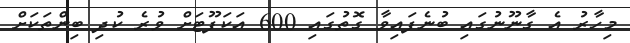
މިހާރު އެ ގާނޫނުގައި ބުނެފައިވާ ގޮތުގައި 600 އަކަފޫޓަށް ވުރެ ކުދި ބިންތަކަށް